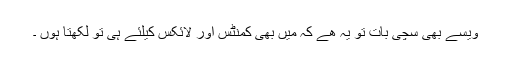
ویسے بھی سچی بات تو یہ ھے کہ میں بھی کمنٹس اور لائکس کیلئے ہی تو لکھتا ہوں ۔